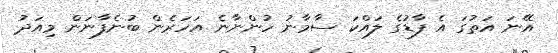
އޭނަ އަތުގަ އެ ފާޑުގެ ލައްކަ ސާމާނު ހުންނާނެ އަހަރެން ބުނެފާނަން މިއަދު